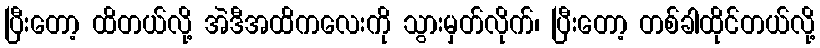
ပြီးတော့ ထိတယ်လို့ အဲဒီအထိကလေးကို သွားမှတ်လိုက်၊ ပြီးတော့ တစ်ခါထိုင်တယ်လို့